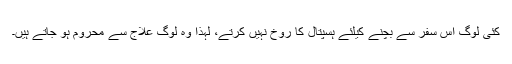
کئی لوگ اس سفر سے بچنے کیلئے ہسپتال کا روخ نہیں کرتے، لہذا وہ لوگ علاج سے محروم ہو جاتے ہیں۔